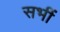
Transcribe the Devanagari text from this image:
सभीं